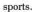
sports.